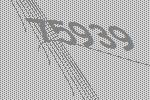
75939